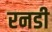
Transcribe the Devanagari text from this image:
रनडी